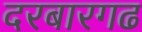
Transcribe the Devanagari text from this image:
दरबारगढ